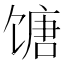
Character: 𬳍